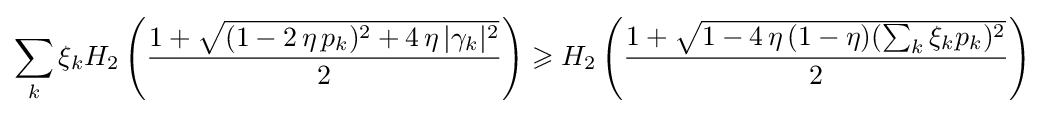
\sum _{k}\xi _{k}H_{2}\left({\frac {1+{\sqrt {(1-2\,\eta \,p_{k})^{2}+4\,\eta \,|\gamma _{k}|^{2}}}}{2}}\right)\geqslant H_{2}\left({\frac {1+{\sqrt {1-4\,\eta \,(1-\eta )(\sum _{k}\xi _{k}p_{k})^{2}}}}{2}}\right)